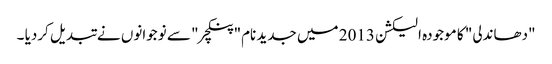
"دھاندلی" کا موجودہ الیکشن 2013 میں جدید نام" پنکچر" سے نوجوانوں نے تبدیل کردیا ۔